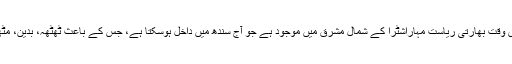
ڈائریکٹرمحکمہ موسمیات عبدالرشید کے مطابق بارش کا ایک سسٹم اس وقت بھارتی ریاست مہاراشٹرا کے شمال مشرق میں موجود ہے جو آج سندھ میں داخل ہوسکتا ہے، جس کے باعث ٹھٹھہ، بدین، مٹھی اور تھرپارکر میں گرج چمک کے ساتھ ہلکی بارشوں کا امکان ہے۔